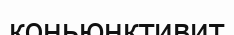
коньюнктивит